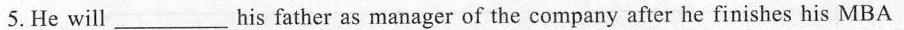
5. He will ___ his father as manager of the company after he finishes his MBA